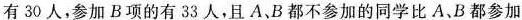
有30人，参加B项的有33人，且A、B都不参加的同学比A、B都参加